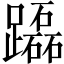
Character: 𨇒